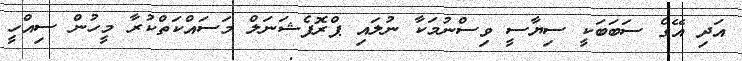
އަދި އޭގެ ސަބަބަކީ ސިޔާސީ ވިސްނުމަކާ ނުލައި ޕްރޮފެޝަނަލް މަސައްކަތްކުރާ މީހުން ސިއްހީ